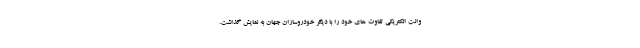
وانت الکتریکی تفاوت های خود را با دیگر خودروسازان جهان به نمایش گذاشت.